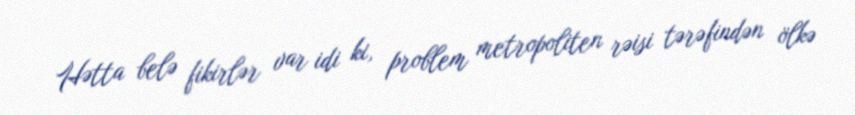
Hətta belə fikirlər var idi ki, problem metropoliten rəisi tərəfindən ölkə